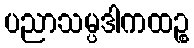
ပညာသမ္ပဒါကထဉ္စ